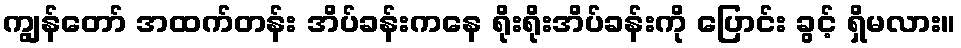
ကျွန်တော် အထက်တန်း အိပ်ခန်းကနေ ရိုးရိုးအိပ်ခန်းကို ပြောင်း ခွင့် ရှိမလား။